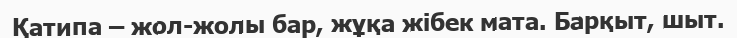
Қатипа – жол-жолы бар, жұқа жібек мата. Барқыт, шыт.